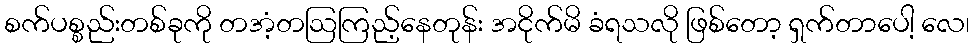
စက်ပစ္စည်းတစ်ခုကို တအံ့တဩကြည့်နေတုန်း အငိုက်မိ ခံရသလို ဖြစ်တော့ ရှက်တာပေါ့ လေ၊